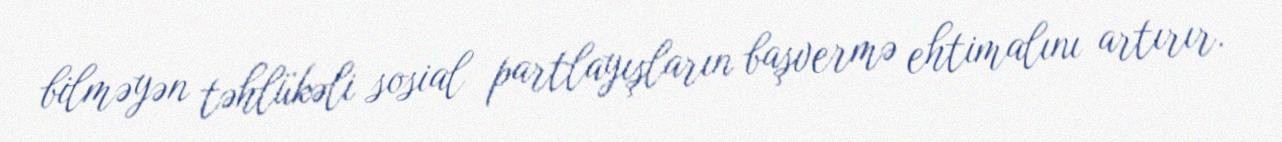
bilməyən təhlükəli sosial partlayışların başvermə ehtimalını artırır.